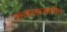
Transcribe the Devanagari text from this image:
तुकड्यातुकड्यांतील